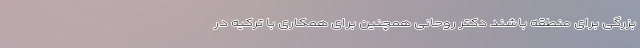
بزرگی برای منطقه باشند دکتر روحانی همچنین برای همکاری با ترکیه در